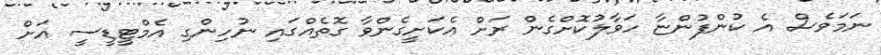
ނަމަވެސް އެ ކުންފުންޏާ ހަވާލުކޮށްގެން ރަށް އެކަށީގެންވާ ގޮތެއްގައި ނުހިންގި އެމްޓީޑީސީ އަށް